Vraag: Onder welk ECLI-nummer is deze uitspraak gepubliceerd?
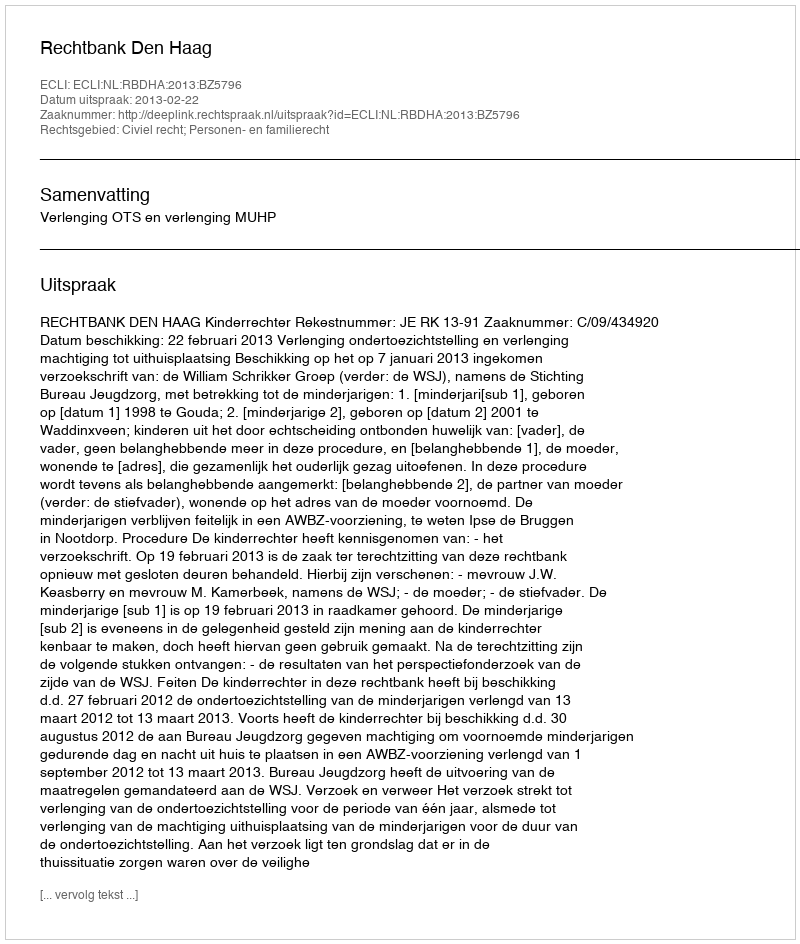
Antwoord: ECLI:NL:RBDHA:2013:BZ5796